Lunatic asylums Central Provinces reports 1895-1909 - 1895-1909
Year: 1895
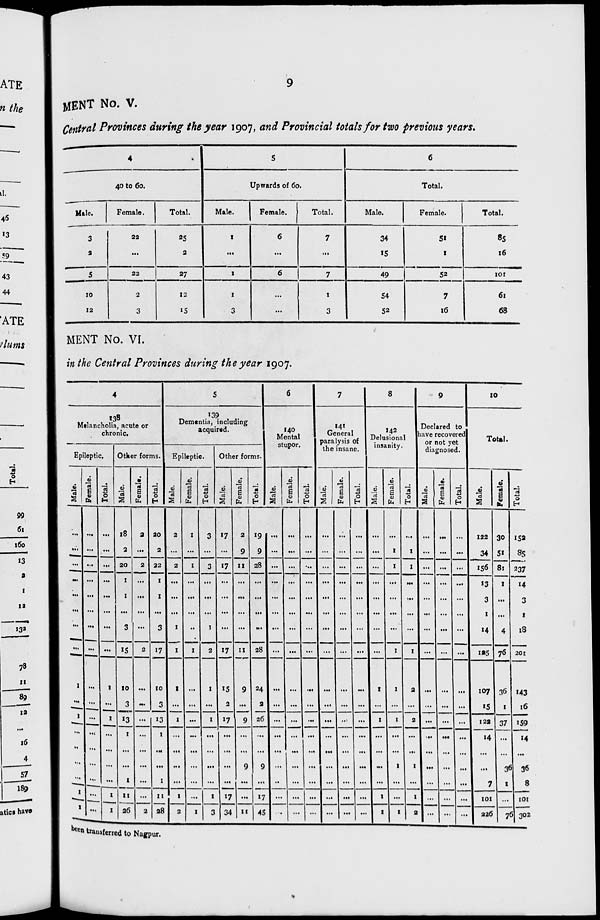
9
MENT No. V.
Central Provinces during the year 1907, and Provincial totals for two previous years.
4
40 to 60.
Male.
3
2
5
10
12
Female.
22
...
22
2
3
Total.
25
2
27
12
15
5
Upwards of 60.
Male.
1
...
1
1
3
Female.
6
...
6
...
...
Total.
7
...
7
1
3
6
Total.
Male.
34
15
49
54
52
Female.
51
1
52
7
16
Total.
85
16
101
61
68
MENT No. VI.
in the Central Provinces during the year 1907.
4
138
Melancholia, acute or
chronic.
Epileptic.
Male.
...
...
...
...
...
...
...
...
1
...
1
...
...
...
...
1
1
Female.
...
...
...
...
...
...
...
...
...
...
...
...
...
...
...
...
...
Total.
...
...
...
...
...
...
...
...
1
...
1
...
...
...
...
1
1
Other forms.
Male.
18
2
20
1
1
...
3
15
10
3
13
1
...
...
1
11
26
Female.
2
...
2
...
...
...
...
2
...
...
...
...
...
...
...
...
2
Total.
20
2
22
1
1
...
3
17
10
3
13
1
...
...
1
11
28
5
139
Dementia, including
acquired.
Epileptic.
Male.
2
...
2
...
...
...
1
1
1
...
1
...
...
...
...
1
2
Female.
1
...
1
...
...
...
...
1
...
...
...
...
...
...
...
...
1
Total.
3
...
3
...
...
...
1
2
1
...
1
...
...
...
...
1
3
Other forms.
Male.
17
...
17
...
...
...
...
17
15
2
17
...
...
...
...
17
34
Female.
2
9
11
...
...
...
...
11
9
...
9
...
...
9
...
...
11
Total.
19
9
28
...
...
...
...
28
24
2
26
...
...
9
...
17
45
6
140
Mental
stupor.
Male.
...
...
...
...
...
...
...
...
...
...
...
...
...
...
...
...
...
Female.
...
...
...
...
...
...
...
...
...
...
...
...
...
...
...
...
...
Total.
...
...
...
...
...
...
...
...
...
...
...
...
...
...
...
...
...
7
141
General
paralysis of
the insane.
Male.
...
...
...
...
...
...
...
...
...
...
...
...
...
...
...
...
...
Female.
...
...
...
...
...
...
...
...
...
...
...
...
...
...
...
...
Total.
...
...
...
...
...
...
...
...
...
...
...
...
...
...
...
...
...
8
142
Delusional
insanity.
Male.
...
...
...
...
...
...
...
...
1
1
...
...
...
...
1
1
Female.
...
1
1
...
...
...
...
1
1
...
1
...
...
1
...
...
1
Total.
...
1
1
...
....
...
...
1
2
...
2
...
...
1
...
1
2
9
Declared to
have recovered
or not yet
diagnosed.
Male.
...
...
...
...
...
...
...
...
...
...
...
...
...
...
...
...
...
Female.
...
...
...
...
...
...
...
...
...
...
...
...
...
...
...
...
...
Total.
...
...
...
...
...
...
...
...
...
...
...
...
...
...
...
...
10
Total.
Male.
122
34
156
13
3
1
14
125
107
15
122
14
...
...
7
101
226
Female.
30
51
81
1
...
...
4
76
36
1
37
....
...
36
1
...
76
Total.
152
85
237
14
3
1
18
201
143
16
159
14
...
36
8
101
302
been transferred to Nagpur.